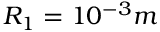
R _ { 1 } = 1 0 ^ { - 3 } m